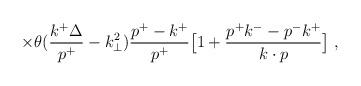
LaTeX: \begin{align*}\times \theta({k^+\Delta \over p^+}-k_\perp^2){{p^+ - k^+} \over {p^+}}\bigl[ 1 + {{p^+k^-- p^-k^+} \over {k \cdot p}}\bigr] \;,\end{align*}